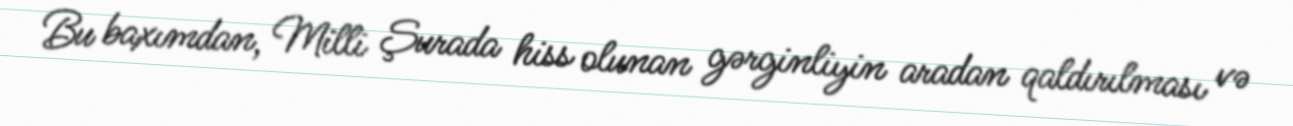
Bu baxımdan, Milli Şurada hiss olunan gərginliyin aradan qaldırılması və